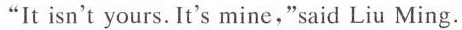
"It isn't yours. It's mine,"said Liu Ming.